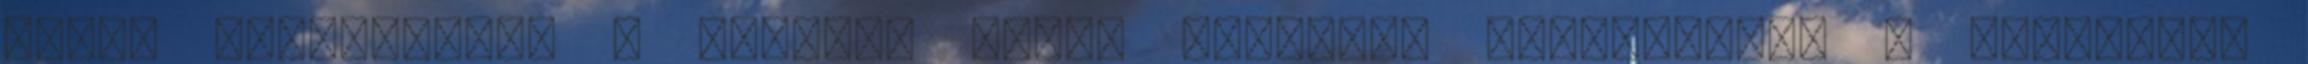
donga alapanyagát a legjobb hazai erdôkbôl választjuk, a minôséget